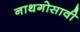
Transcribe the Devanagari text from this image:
नाथगोसावी